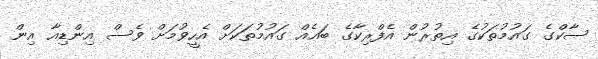
ސާކްގެ ގައުުމުތަކުގެ އިތުރުން އެފްރިކާގެ ބައެއް ގައުމުތަކަށް އެހީވުމަށް ވެސް އިންޑިއާ އިން